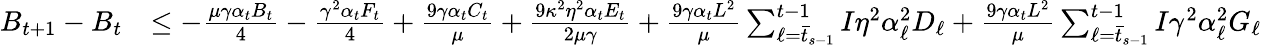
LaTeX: \begin{array}{rl}{B_{t+1}-B_{t}}&{\leq-\frac{\mu\gamma\alpha_{t}B_{t}}{4}-\frac{\gamma^{2}\alpha_{t}F_{t}}{4}+\frac{9\gamma\alpha_{t}C_{t}}{\mu}+\frac{9\kappa^{2}\eta^{2}\alpha_{t}E_{t}}{2\mu\gamma}+\frac{9\gamma\alpha_{t}L^{2}}{\mu}\sum_{\ell=\bar{t}_{s-1}}^{t-1}I\eta^{2}\alpha_{\ell}^{2}D_{\ell}+\frac{9\gamma\alpha_{t}L^{2}}{\mu}\sum_{\ell=\bar{t}_{s-1}}^{t-1}I\gamma^{2}\alpha_{\ell}^{2}G_{\ell}}\end{array}